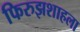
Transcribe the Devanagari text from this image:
फिरुझशाहला